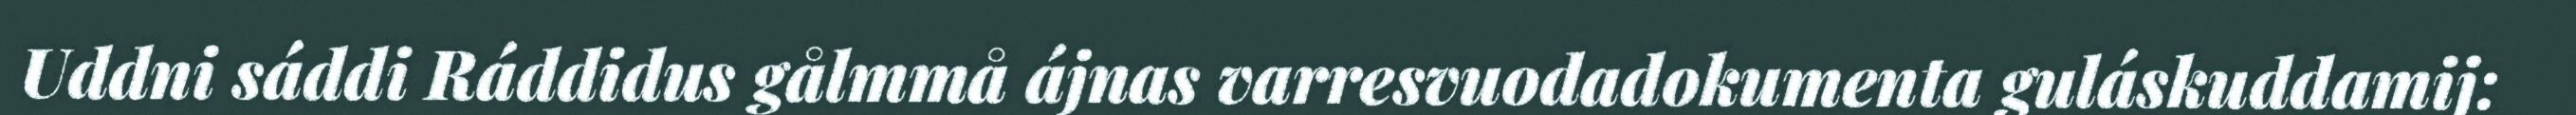
Uddni sáddi Ráddidus gålmmå ájnas varresvuodadokumenta guláskuddamij: